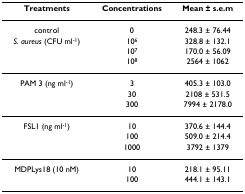
| Treatments | Concentrations | Mean ± s.e.m |
 | --- | --- | --- |
 | control | 0 | 248.3 ± 76.44 |
 | S. aureus (CFU ml-1) | 106 | 328.8 ± 132.1 |
 |  | 107 | 170.0 ± 56.09 |
 |  | 108 | 2564 ± 1062 |
 | PAM 3 (ng ml-1) | 3 | 405.3 ± 103.0 |
 |  | 30 | 2108 ± 531.5 |
 |  | 300 | 7994 ± 2178.0 |
 | FSL1 (ng ml-1) | 10 | 370.6 ± 144.4 |
 |  | 100 | 509.0 ± 214.4 |
 |  | 1000 | 3792 ± 1379 |
 | MDPLys18 (10 nM) | 10 | 218.1 ± 95.11 |
 |  | 100 | 444.1 ± 143.1 |